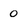
Character: 0